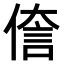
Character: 𫣄